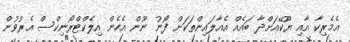
އެމެރިކާ އާއި ޔޫކޭއަށްދާ ބައެއް އެއާލައިންތަކަށް ފޯނު ނޫން އެހެން އިލެކްޓްރޯނިކްސް އެރުވުން